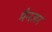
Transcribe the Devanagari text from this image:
मैनजर